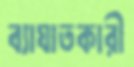
ব্যাঘাতকারী